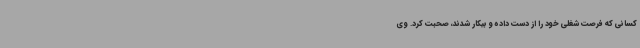
کسانی که فرصت شغلی خود را از دست داده و بیکار شدند، صحبت کرد. وی